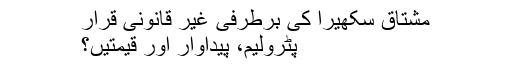
مشتاق سکھیرا کی برطرفی غیر قانونی قرار
پٹرولیم، پیداوار اور قیمتیں؟